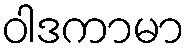
ဝါဒကာမာ